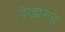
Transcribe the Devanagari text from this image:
डेखासह